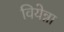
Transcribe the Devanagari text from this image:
वियेन्ना